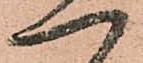
一